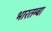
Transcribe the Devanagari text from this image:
भारतम्बा